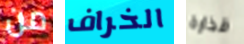
من الخراف قذارة